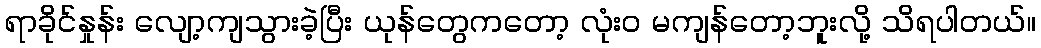
ရာခိုင်နှုန်း လျော့ကျသွားခဲ့ပြီး ယုန်တွေကတော့ လုံးဝ မကျန်တော့ဘူးလို့ သိရပါတယ်။